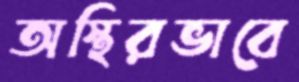
অস্থিরভাবে